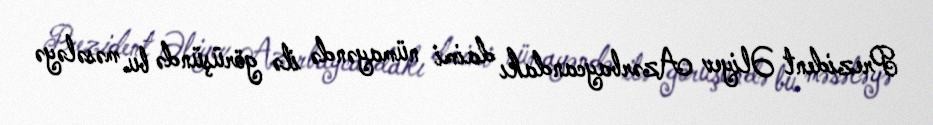
Prezident Əliyev Azərbaycandakı daimi nümayəndə ilə görüşündə bu məsələyə